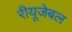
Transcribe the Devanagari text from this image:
रीयूजेबल